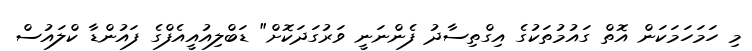
މި ހަމަހަމަކަން އޮތް ގައުމުތަކުގެ އިގްތިސާދު ފެންނަނީ ވަރުގަދަކޮށް" ޑަބްލިއުއީއެފްގެ ފައުންޑާ ކްލައުސް